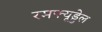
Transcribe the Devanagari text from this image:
रमफ्यूड्डेल